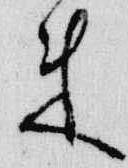
来